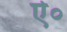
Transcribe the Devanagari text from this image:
ऐ०